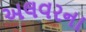
અલવરના